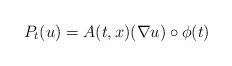
LaTeX: \begin{align*}P_t(u) = A(t,x) (\nabla u) \circ \phi(t)\end{align*}